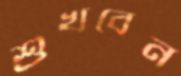
শুখবেন